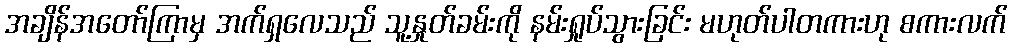
အချိန်အတော်ကြာမှ အက်ရှလေသည် သူ့နှုတ်ခမ်းကို နမ်းရှုပ်သွားခြင်း မဟုတ်ပါတကားဟု စကားလက်